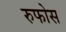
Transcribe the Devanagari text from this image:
रुफोस